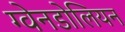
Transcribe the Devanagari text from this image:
ग्वेनडोलियन